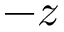
- z